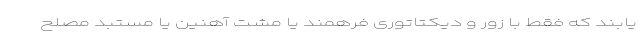
یابند که فقط با زور و دیکتاتوری فرهمند یا مشت آهنین یا مستبد مصلح